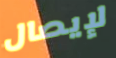
لإيصال